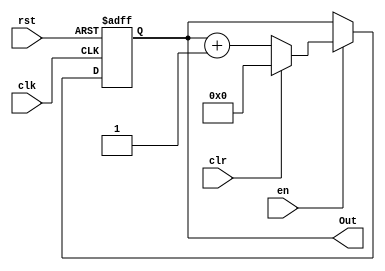
module contador #(parameter BITS=4)
(
 input clk,
 input rst,
 input en,
 input clr,
 output reg [(BITS-1):0] Out
);


always@(posedge clk or negedge rst)
begin
	if(!rst)
	  Out <= {BITS{1'b0}};
	else if(en)
			if(!clr)
					Out <= Out + 1'b1;
			else
					Out <= {BITS{1'b0}};
end 


endmodule